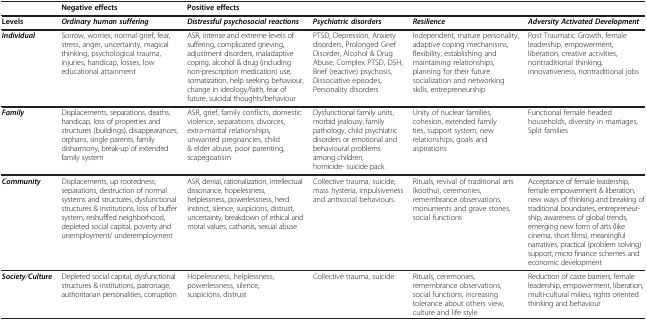
|  | Negative effects | <COLSPAN=4> Positive effects |
 | Levels | Ordinary human suffering | Distressful psychosocial reactions | Psychiatric disorders | Resilience | Adversity Activated Development |
 | --- | --- | --- | --- | --- | --- |
 | Individual | Sorrow, worries, normal grief, fear, stress, anger, uncertainty, magical thinking, psychological trauma, injuries, handicap, losses, low educational attainment | ASR, intense and extreme levels of suffering, complicated grieving, adjustment disorders, maladaptive coping, alcohol & drug (including non-prescription medication) use, somatization, help seeking behaviour, change in ideology/faith, fear of future, suicidal thoughts/behaviour | PTSD, Depression, Anxiety disorders, Prolonged Grief Disorder, Alcohol & Drug Abuse, Complex PTSD, DSH, Brief (reactive) psychosis, Dissociative episodes, Personality disorders | Independent, mature personality, adaptive coping mechanisms, flexibility, establishing and maintaining relationships, planning for their future. socialization and networking skills, entrepreneurship | Post Traumatic Growth, female leadership, empowerment, liberation, creative activities, nontraditional thinking, innovativeness, nontraditional jobs |
 | Family | Displacements, separations, deaths, handicap, loss of properties and structures (buildings), disappearances, orphans, single parents, family disharmony, break-up of extended family system | ASR, grief, family conflicts, domestic violence, separations, divorces, extra-marital relationships, unwanted pregnancies, child & elder abuse, poor parenting, scapegoatism | Dysfunctional family units, morbid jealousy, family pathology, child psychiatric disorders or emotional and behavioural problems among children, homicide- suicide pack | Unity of nuclear families, cohesion, extended family ties, support system, new relationships, goals and aspirations | Functional female headed households, diversity in marriages, Split families |
 | Community | Displacements, up rootedness, separations, destruction of normal systems and structures, dysfunctional structures & institutions, loss of buffer system, reshuffled neighborhood, depleted social capital, poverty and unemployment/ underemployment | ASR, denial, rationalization, intellectual dissonance, hopelessness, helplessness, powerlessness, herd instinct, silence, suspicions, distrust, uncertainty, breakdown of ethical and moral values, catharsis, sexual abuse | Collective trauma, suicide, mass hysteria, impulsiveness and antisocial behaviours. | Rituals, revival of traditional arts (koothu), ceremonies, remembrance observations, monuments and grave stones, social functions | Acceptance of female leadership, female empowerment & liberation, new ways of thinking and breaking of traditional boundaries, entrepreneurship, awareness of global trends, emerging new form of arts (like cinema, short films), meaningful narratives, practical (problem solving) support, micro finance schemes and economic development |
 | Society/Culture | Depleted social capital, dysfunctional structures & institutions, patronage, authoritarian personalities, corruption | Hopelessness, helplessness, powerlessness, silence, suspicions, distrust | Collective trauma, suicide | Rituals, ceremonies, remembrance observations, social functions, increasing tolerance about others view, culture and life style | Reduction of caste barriers, female leadership, empowerment, liberation, multi-cultural milieu, rights oriented thinking and behaviour |